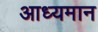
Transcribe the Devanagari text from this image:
आध्यमान